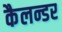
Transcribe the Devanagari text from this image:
कैलन्डर